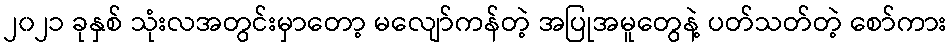
၂၀၂၁ ခုနှစ် သုံးလအတွင်းမှာတော့ မလျော်ကန်တဲ့ အပြုအမူတွေနဲ့ ပတ်သတ်တဲ့ စော်ကား